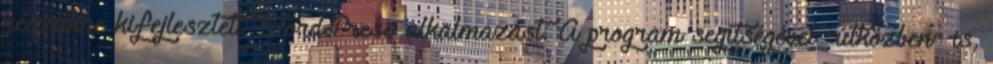
részükre kifejlesztett WordPress alkalmazást. A program segítségével “útközben” is,